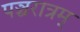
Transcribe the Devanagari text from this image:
पञ्चरात्रम्‌